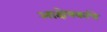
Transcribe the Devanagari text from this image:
आक्षेपकांचे